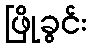
ဖြိုခွင်း